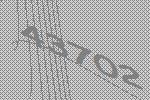
43702